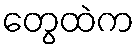
တွေထဲက